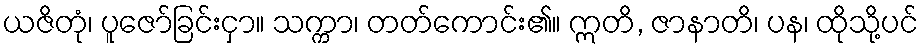
ယဇိတုံ၊ ပူဇော်ခြင်းငှာ။ သက္ကာ၊ တတ်ကောင်း၏။ ဣတိ, ဇာနာတိ၊ ပန၊ ထိုသို့ပင်